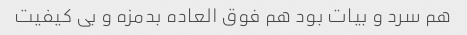
هم سرد و بیات بود هم فوق العاده بدمزه و بی کیفیت